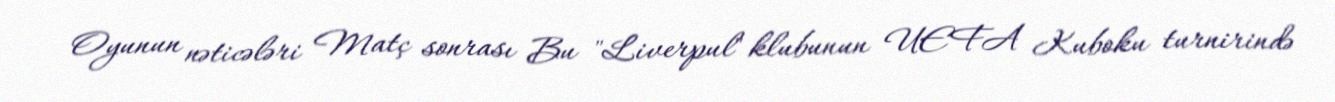
Oyunun nəticələri Matç sonrası Bu "Liverpul" klubunun UEFA Kuboku turnirində